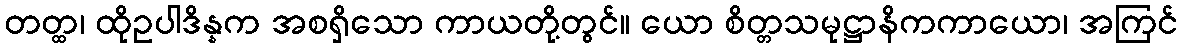
တတ္ထ၊ ထိုဥပါဒိန္နက အစရှိသော ကာယတို့တွင်။ ယော စိတ္တသမုဋ္ဌာနိကကာယော၊ အကြင်